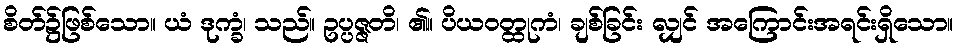
စိတ်၌ဖြစ်သော။ ယံ ဒုက္ခံ၊ သည်။ ဥပ္ပဇ္ဇတိ၊ ၏။ ပိယဝတ္ထုကံ၊ ချစ်ခြင်း လျှင် အကြောင်းအရင်းရှိသော။